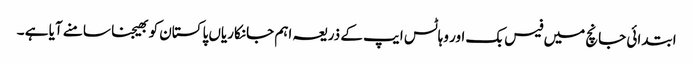
ابتدائی جانچ میں فیس بک اور وہاٹس ایپ کے ذریعہ اہم جانکاریاں پاکستان کو بھیجنا سامنے آیا ہے ۔